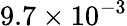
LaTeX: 9.7\times 10^{-3}